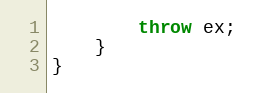
Language: JavaScript
        throw ex;
    }
}